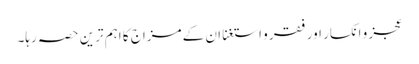
عجز و انکسار اور فقر و استغنا ان کے مزاج کا اہم ترین حصہ رہا۔